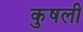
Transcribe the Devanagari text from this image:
कुषली